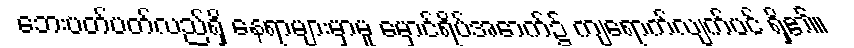
ဘေးပတ်ပတ်လည်ရှိ နေရာများမှာမူ မှောင်ရိပ်အောက်၌ ကျရောက်လျက်ပင် ရှိ၏။